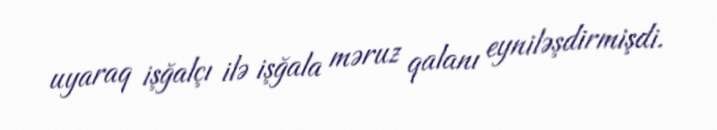
uyaraq işğalçı ilə işğala məruz qalanı eyniləşdirmişdi.